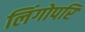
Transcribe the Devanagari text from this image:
लिंगोपरि